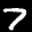
Label: 7